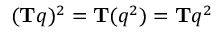
( \mathbf { T } q ) ^ { 2 } = \mathbf { T } ( q ^ { 2 } ) = \mathbf { T } q ^ { 2 }